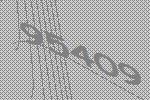
95409